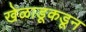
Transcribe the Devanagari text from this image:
खेळाडूकडून